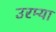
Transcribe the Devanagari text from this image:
उरम्या